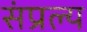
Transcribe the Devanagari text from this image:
संप्रल्य